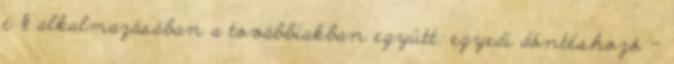
e § alkalmazásában a továbbiakban együtt: egyedi döntéshozó –